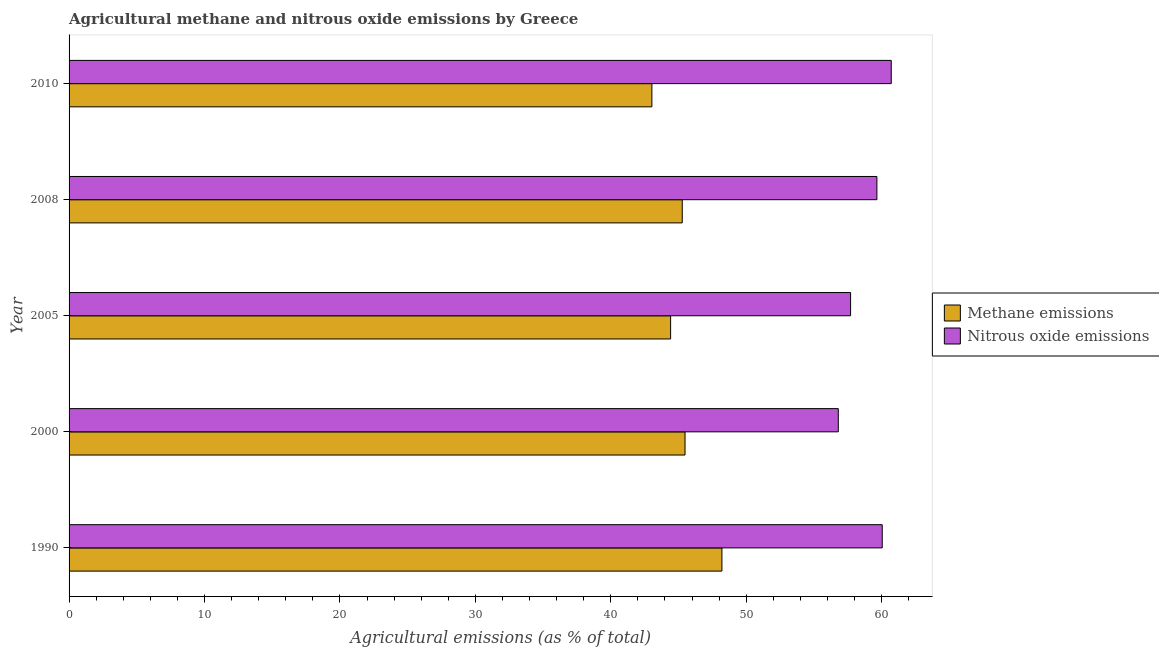
| Year | Methane emissions | Nitrous oxide emissions |
 | --- | --- | --- |
 | 1990 | 48.2 | 60 |
 | 2000 | 45.5 | 56.8 |
 | 2005 | 44.4 | 57.7 |
 | 2008 | 45.3 | 59.7 |
 | 2010 | 43 | 60.7 |